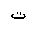
Letter: _ta